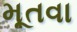
મૂતવા